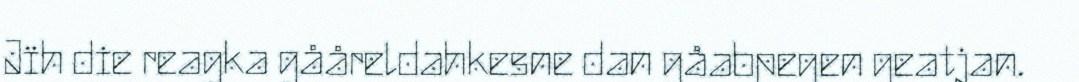
Jïh die reagka gååreldahkesne dan gåabpegen geatjan.